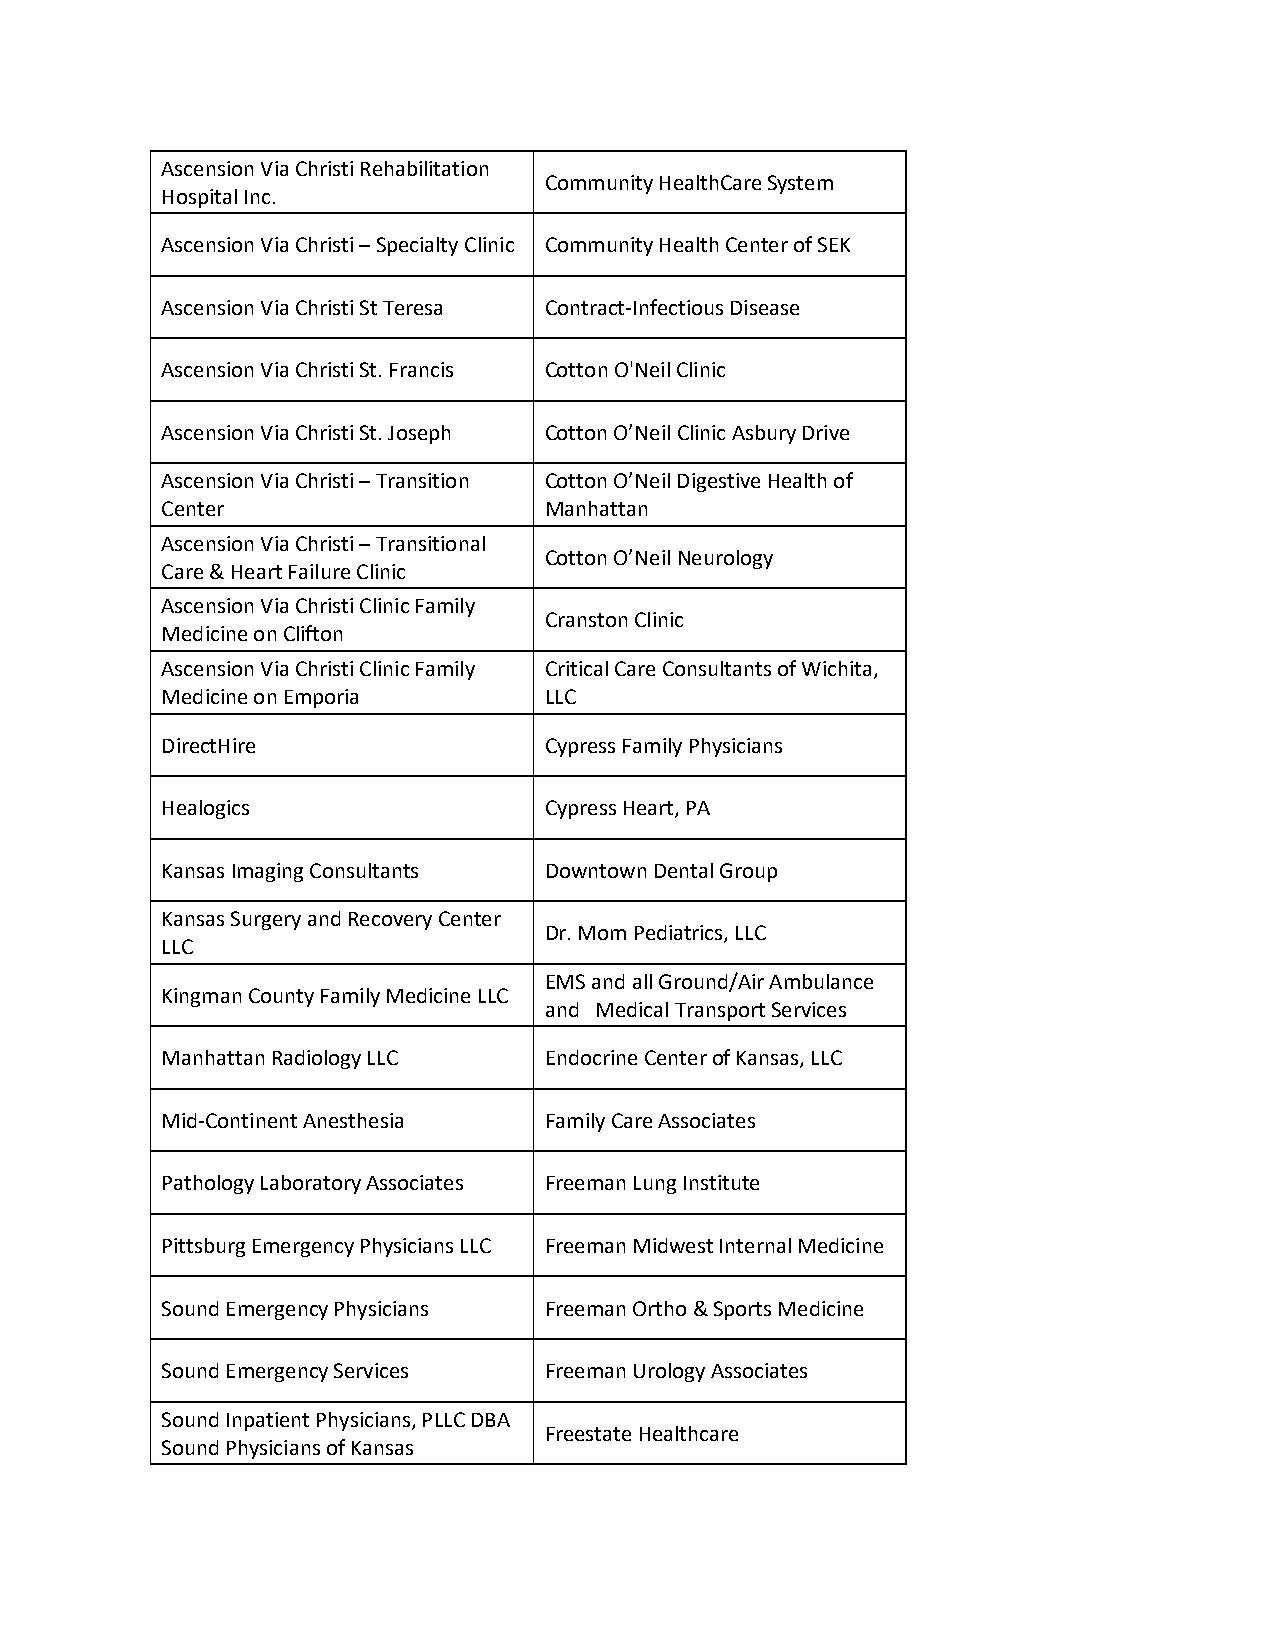
Ascension Via Christi Rehabilitation
 Community HealthCare System
 Hospital Inc.
 Ascension Via Christi – Specialty Clinic Community Health Center of SEK
 Ascension Via Christi St Teresa Contract-Infectious Disease
 Ascension Via Christi St. Francis Cotton O'Neil Clinic
 Ascension Via Christi St. Joseph Cotton O’Neil Clinic Asbury Drive
 Ascension Via Christi – Transition Cotton O’Neil Digestive Health of
 Center                   Manhattan
 Ascension Via Christi – Transitional
 Cotton O’Neil Neurology
 Care & Heart Failure Clinic
 Ascension Via Christi Clinic Family
 Cranston Clinic
 Medicine on Clifton
 Ascension Via Christi Clinic Family Critical Care Consultants of Wichita,
 Medicine on Emporia      LLC
 DirectHire               Cypress Family Physicians
 Healogics                Cypress Heart, PA
 Kansas Imaging Consultants Downtown Dental Group
 Kansas Surgery and Recovery Center
 Dr. Mom Pediatrics, LLC
 LLC
 EMS and all Ground/Air Ambulance
 Kingman County Family Medicine LLC
 and Medical Transport Services
 Manhattan Radiology LLC  Endocrine Center of Kansas, LLC
 Mid-Continent Anesthesia Family Care Associates
 Pathology Laboratory Associates Freeman Lung Institute
 Pittsburg Emergency Physicians LLC Freeman Midwest Internal Medicine
 Sound Emergency Physicians Freeman Ortho & Sports Medicine
 Sound Emergency Services Freeman Urology Associates
 Sound Inpatient Physicians, PLLC DBA
 Freestate Healthcare
 Sound Physicians of Kansas